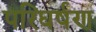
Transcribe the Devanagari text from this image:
परिघर्षण